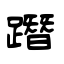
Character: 𨅔